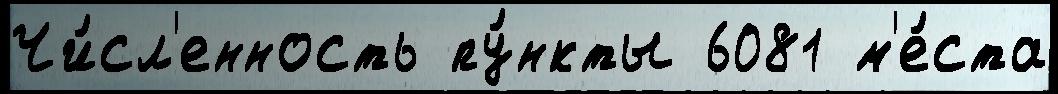
Чи́сл'енность пу́нкты 6081 м'е́ста